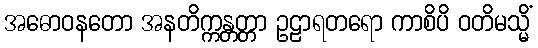
အဓောဝနတော အနတိက္ကန္တတ္တာ ဥဠာရတရော ကာစိပိ ဝတိမသ္မိံ